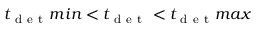
t _ { \mathrm { ~ d ~ e ~ t ~ } } m i n < t _ { \mathrm { ~ d ~ e ~ t ~ } } < t _ { \mathrm { ~ d ~ e ~ t ~ } } m a x